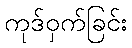
ကုဒ်ဝှက်ခြင်း